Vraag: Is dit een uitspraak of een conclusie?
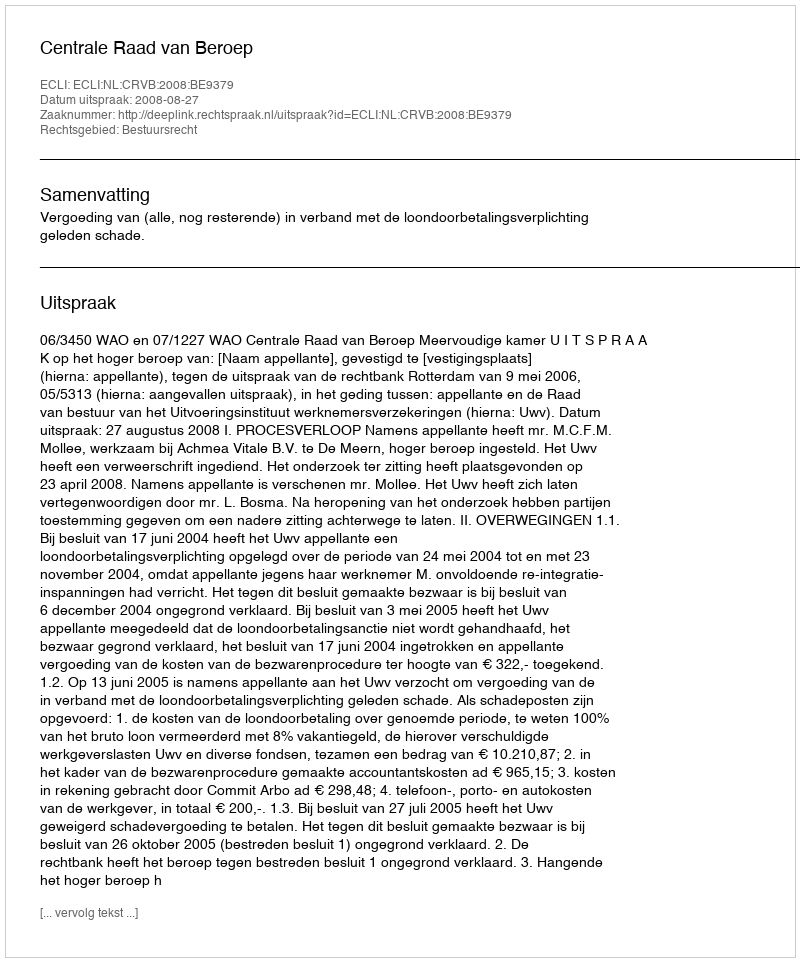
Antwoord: Uitspraak